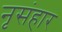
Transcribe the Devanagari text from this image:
नृसंहार